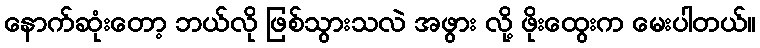
နောက်ဆုံးတော့ ဘယ်လို ဖြစ်သွားသလဲ အဖွား လို့ ဖိုးထွေးက မေးပါတယ်။